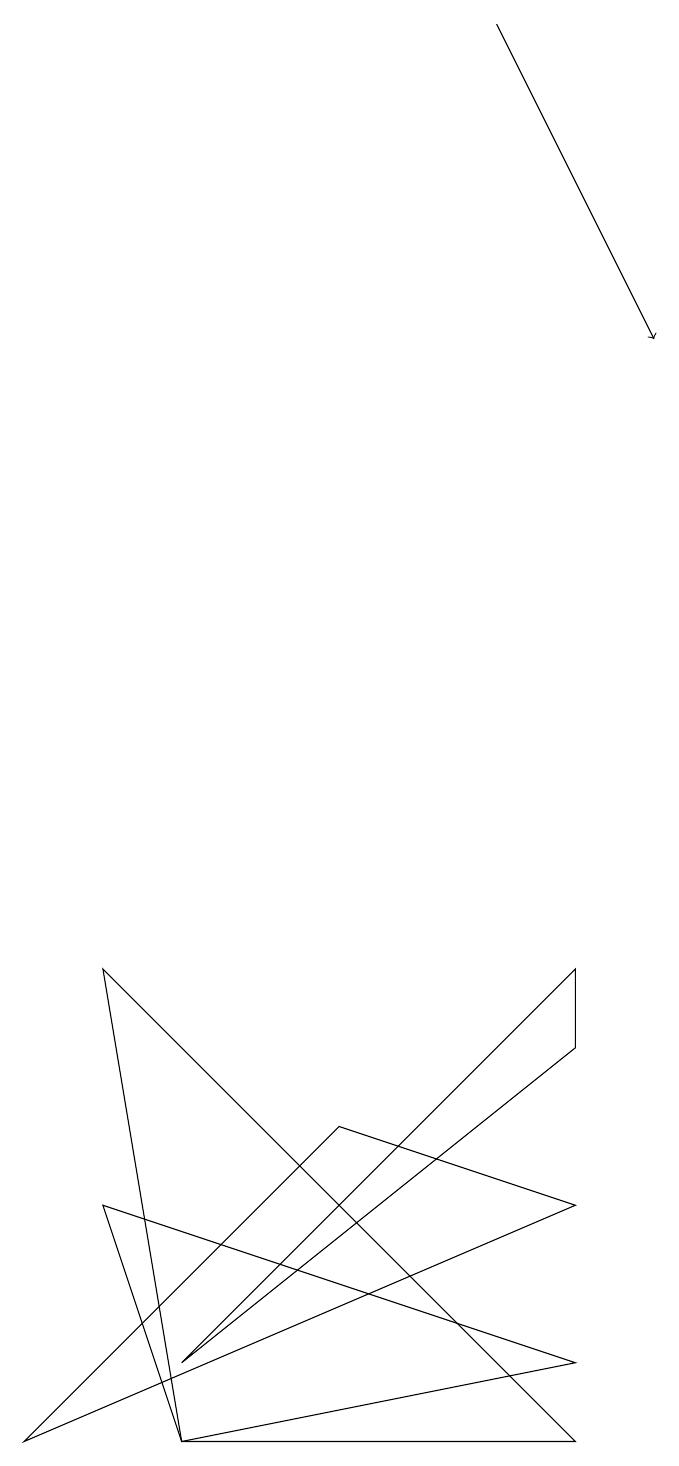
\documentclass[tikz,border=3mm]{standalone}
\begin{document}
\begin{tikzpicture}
\draw (8,5) -- (3,1) -- (8,6) -- cycle;
\draw[->] (7,18) -- (9,14);
\draw (7,13) rectangle (7,13);
\draw (1,0) -- (5,4) -- (8,3) -- cycle;
\draw (8,0) -- (2,6) -- (3,0) -- cycle;
\draw (8,1) -- (2,3) -- (3,0) -- cycle;
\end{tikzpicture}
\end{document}